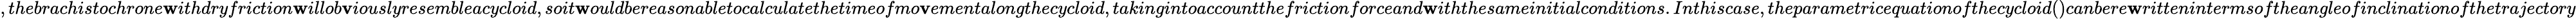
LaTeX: ,thebrachistochrone\mathbf{w}ithdryfriction\mathbf{w}illob\mathbf{v}iouslyresembleacycloid,soit\mathbf{w}ouldbereasonabletocalculatethetimeofmo\mathbf{v}ementalongthecycloid,takingintoaccountthefrictionforceand\mathbf{w}iththesameinitialconditions.Inthiscase,theparametricequationofthecycloid()canbere\mathbf{w}rittenintermsoftheangleofinclinationofthetrajectory